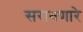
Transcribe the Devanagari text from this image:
सरावणारे